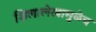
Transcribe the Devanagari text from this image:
शिलालेखामुळेच